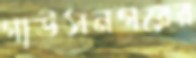
গাউসনগরের